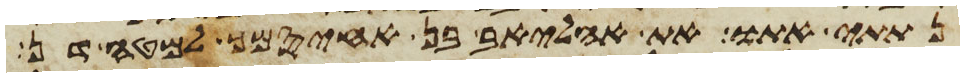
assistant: נתתי אתו את אהליאב בן אחיסמך למטה דן